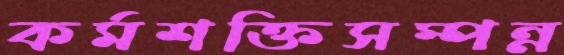
কর্মশক্তিসম্পন্ন